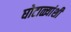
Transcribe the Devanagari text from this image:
घोटाळ्यांशी